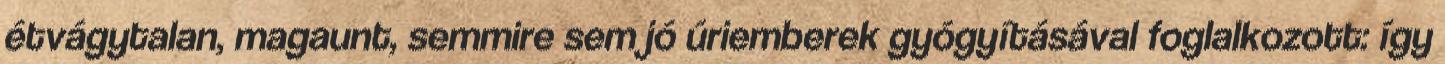
étvágytalan, magaunt, semmire sem jó úriemberek gyógyításával foglalkozott: így